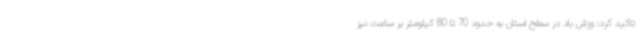
تاکید کرد: وزش باد در سطح استان به حدود 70 تا 80 کیلومتر بر ساعت نیز